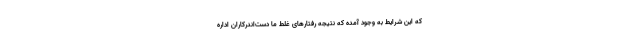
که این شرایط به وجود آمده که نتیجه رفتارهای غلط ما دست‌اندرکاران اداره